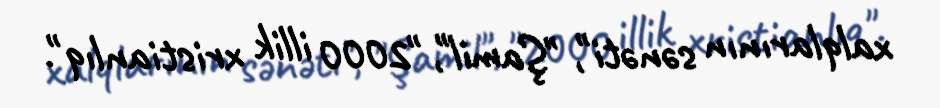
xalqlarının sənəti", "Şamil", "2000 illik xristianlıq".